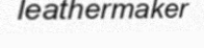
leathermaker